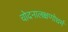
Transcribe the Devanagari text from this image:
चोदनालक्षणोधर्म